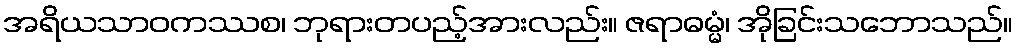
အရိယသာဝကဿစ၊ ဘုရားတပည့်အားလည်း။ ဇရာဓမ္မံ၊ အိုခြင်းသဘောသည်။